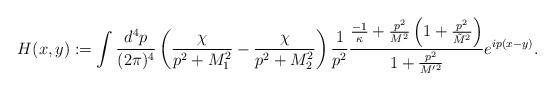
LaTeX: \begin{align*}H(x,y) := \int {d^4 p \over (2\pi)^4} \left( {\chi \over p^2+M_1^2} - {\chi \over p^2+M_2^2} \right) {1 \over p^2} { {-1 \over \kappa} + {p^2 \over M^2} \left(1 + {p^2 \over \tilde M^2} \right) \over 1 + {p^2 \over M'{}^2} } e^{ip(x-y)} .\end{align*}